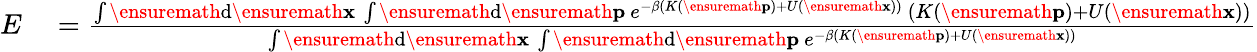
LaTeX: \begin{array}{rl}{E}&{{}=\frac{\int\ensuremath{\mathrm{d}}\ensuremath{\mathbf{x}}\ \int\ensuremath{\mathrm{d}}\ensuremath{\mathbf{p}}\ e^{-\beta(K(\ensuremath{\mathbf{p}})+U(\ensuremath{\mathbf{x}}))}\ (K(\ensuremath{\mathbf{p}})+U(\ensuremath{\mathbf{x}}))}{\int\ensuremath{\mathrm{d}}\ensuremath{\mathbf{x}}\ \int\ensuremath{\mathrm{d}}\ensuremath{\mathbf{p}}\ e^{-\beta(K(\ensuremath{\mathbf{p}})+U(\ensuremath{\mathbf{x}}))}}}\end{array}